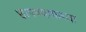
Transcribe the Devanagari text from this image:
छापण्याकरता